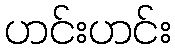
ဟင်းဟင်း